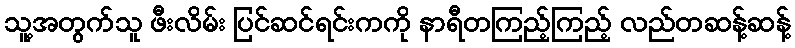
သူ့အတွက်သူ ဖီးလိမ်း ပြင်ဆင်ရင်းကကို နာရီတကြည့်ကြည့် လည်တဆန့်ဆန့်